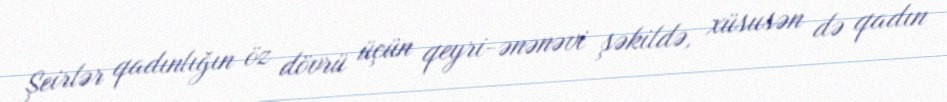
Şeirlər qadınlığın öz dövrü üçün qeyri-ənənəvi şəkildə, xüsusən də qadın